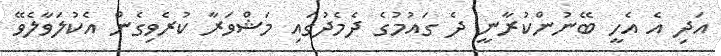
އަދި އެ އެހީ ބޭނުންކުރާނީ ދެ ގައުމުގެ ދެމެދުގައި މަޝްވަރާ ކުރެވިގެން އެކުލަވާލެވޭ